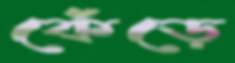
কেঁড়ে